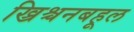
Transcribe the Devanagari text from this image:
ख्रिश्चनबहूल